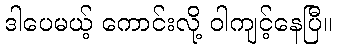
ဒါပေမယ့် ကောင်းလို့ ဝါကျင့်နေပြီ။